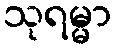
သုရမ္မာ